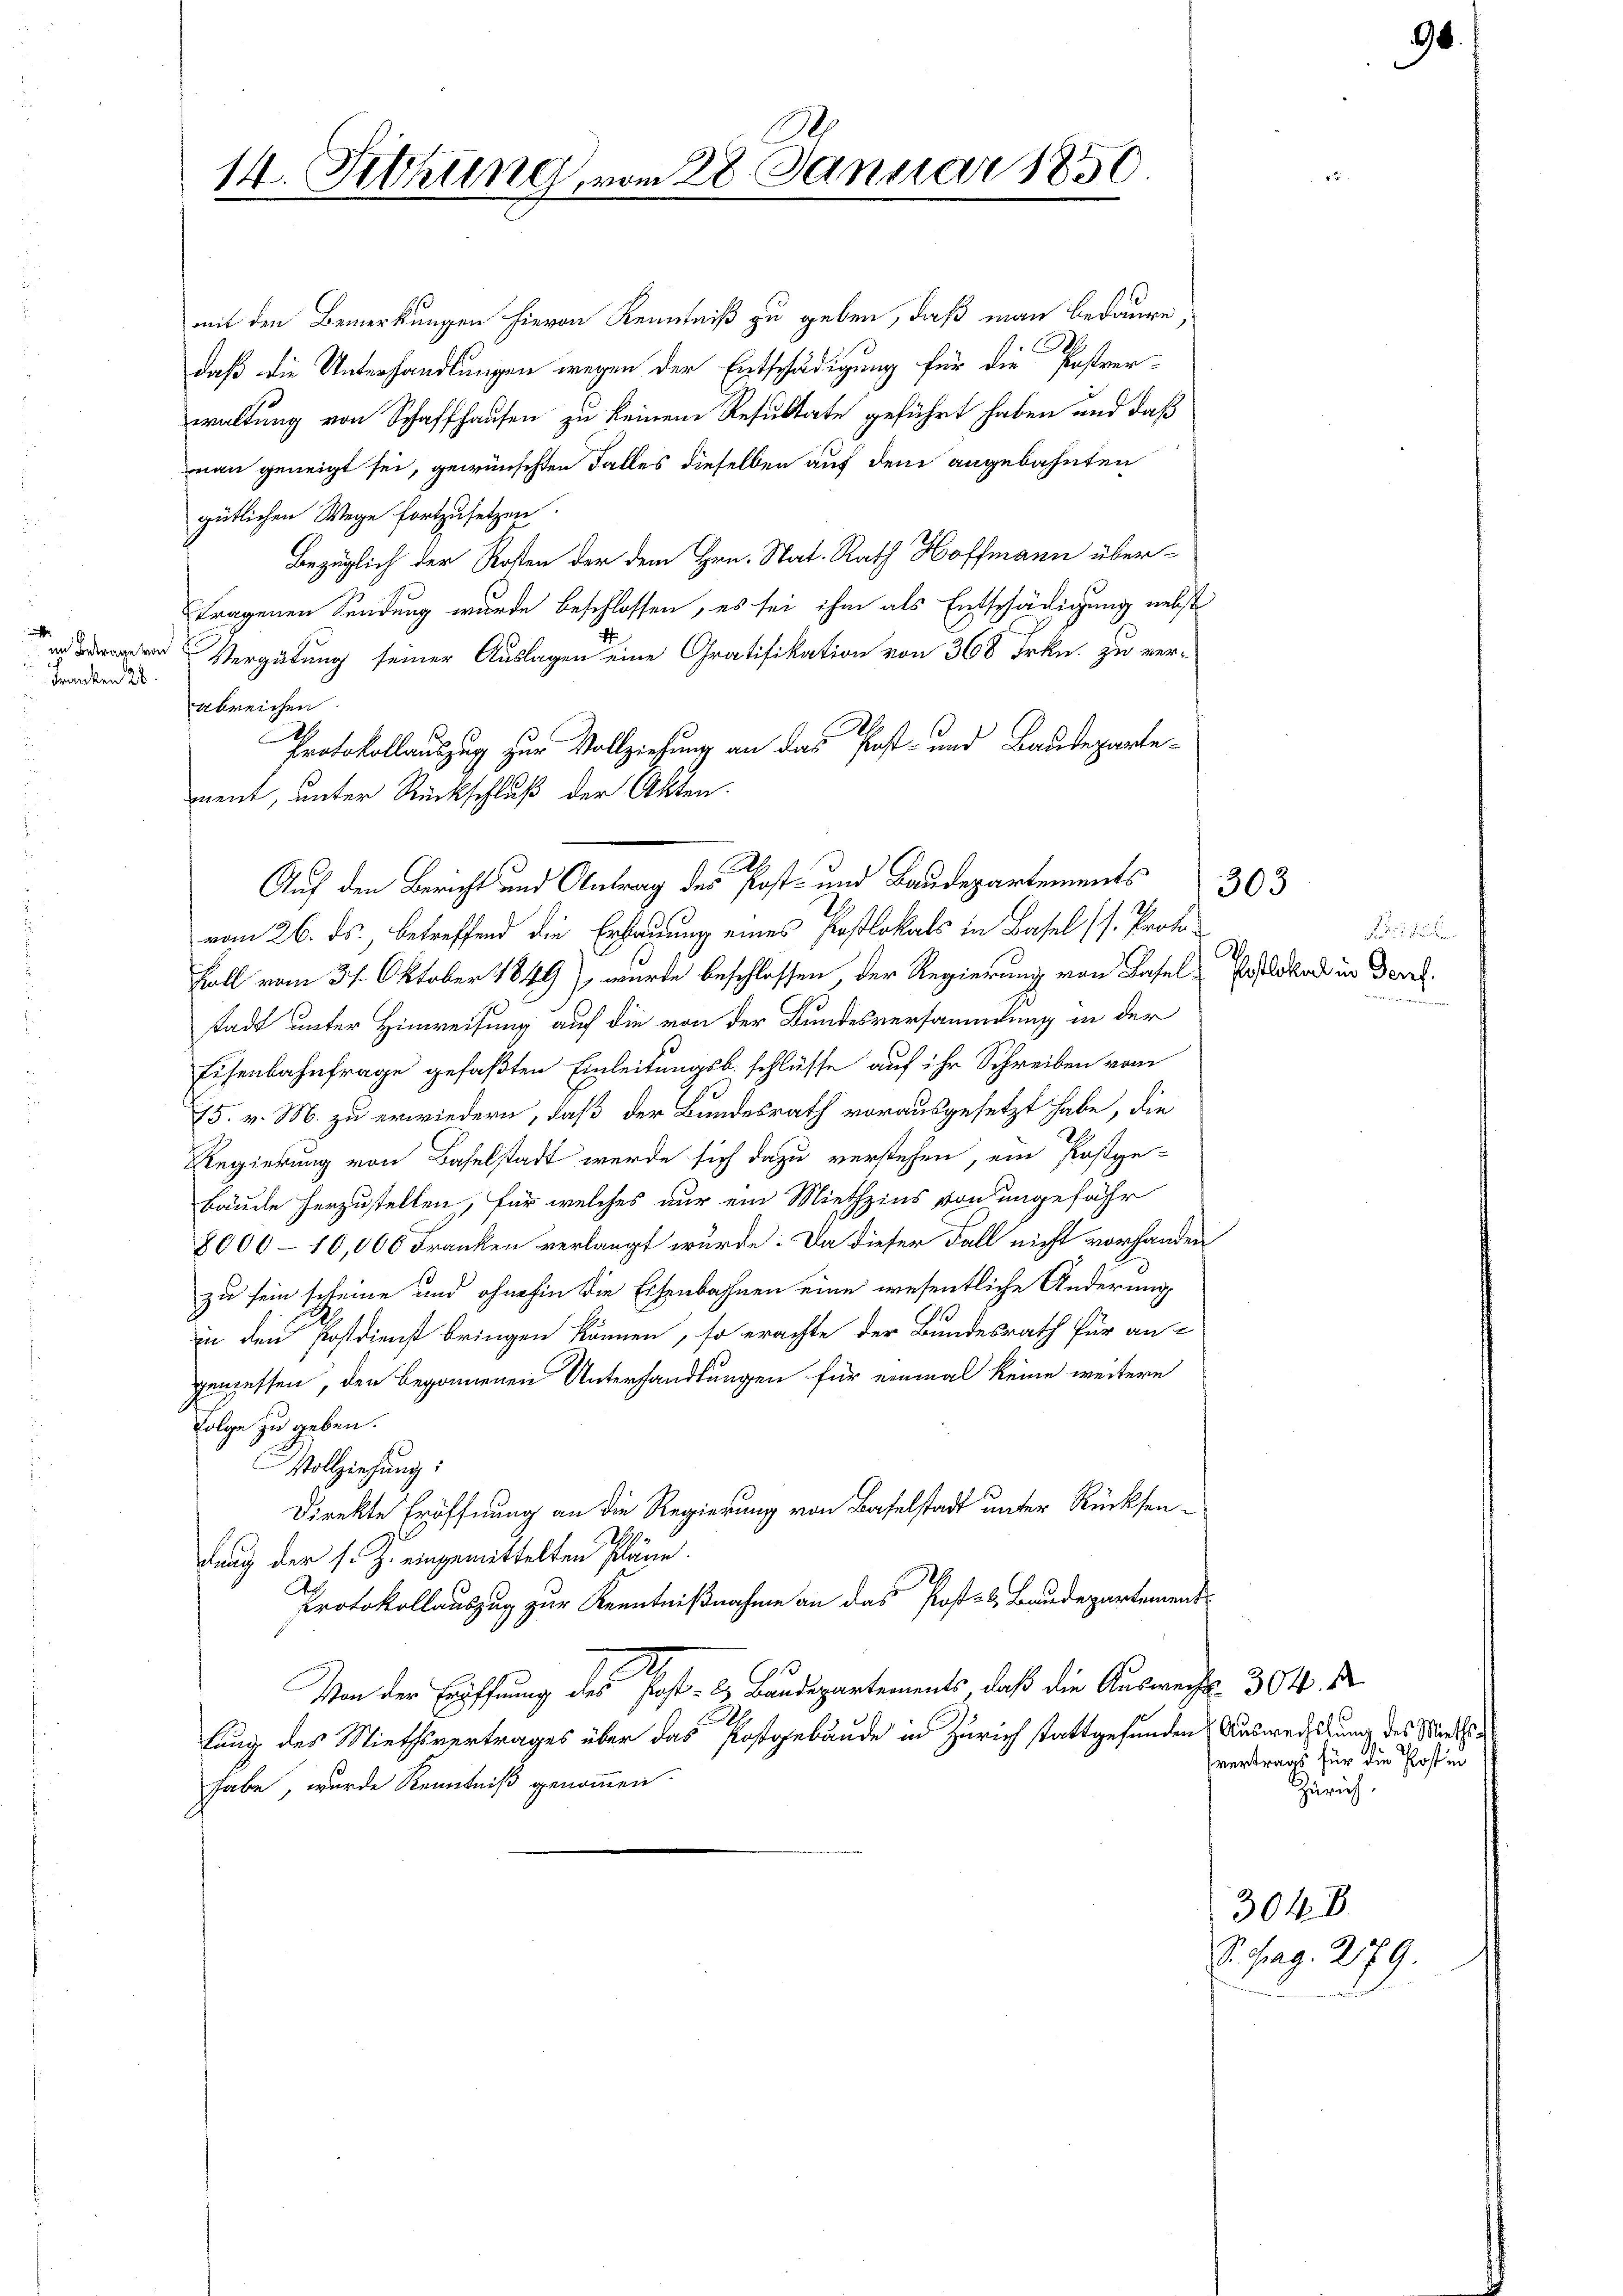
Franken 28.

Wenn ein

.
14. Fettung, vom 28. Januar 1850.

mit den Bemerkungen hievon Kenntniß zu geben, daß man bedaure,
daß die Unterhandlungen wegen der Entschädigung für die Postrer-
waltung von Schaffhausen zu keinem Resultate geführt haben und daß
nau geneigt sei, gewünschten Falles dieselben auf dem angebahnten
gütlichen Wege fortzusetzen
Bezüglich der Rosten der dem Hrn. Stat. Rath Hoffmann übertragenen Sendung wurde beschlossen, es sei ihm als Entschädigung nebst
Vergütung seiner Auslagen eine Gratifikation von 368 Frkn. zu verabreichen.
.
Protokollauszug zur Vollziehung an das Post- und Baudepartevom 26. ds., betreffend die Erbauung eines Pastlokals in Basel (s. Proto¬
Hall vom 31. Oktober 1849), wurde beschlossen, der Regierung von Baselstadt unter Hinweisung auf die von der Bundesversammlung in der
Eisenbahnfrage gefaßten Einleitungsb. schlüsse auf ihr Schreiben vom
15. v. M. zu erwiedern, daß der Bundesrath vorausgesetzt habe, die
Regierung von Baselstadt werde sich dazu verstehen, ein Postge-
bäude herzustellen, für welches nur ein Miethzins von ungefähr
8000 - 10,000 Franken verlangt wurde. Da dieser Fall nicht vorhanden
zu sein scheine und ohnehin die Eisenbahnen eine wesentliche Änderung
in den Postdienst bringen können, so erachte der Bundesrath für an-
geniessen, den begonnenen Unterhandlungen für einmal keine weitere
Folge zu geben.
Vollziehung:
Direkte Eröffnung an die Regierung von Baselstadt unter Rücksendung der s. Z. eingemittelten Pläne.
Protokollauszug zur Kenntnißnahme an das Post- & Baudepartement
Von der Eröffnung des Post- u Baudepartements, daß die Auswechs 304. d.
lung des Miethsvertrages über das Postgebäude in Zürich stattgefunden Ausweistung des Staatshabe, wurde Kenntniß genommen.

ment, unter Rückschluß der Akten.
Auf den Bericht und Antrag des Post- und Baudepartements

303

Poslokal in Genf.

vertrags für die Post in
Zürich.

304. B.
S. chrag. 279.